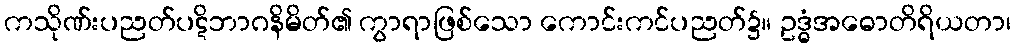
ကသိုဏ်းပညတ်ပဋိဘာဂနိမိတ်၏ ကွာရာဖြစ်သော ကောင်းကင်ပညတ်၌။ ဥဒ္ဓံအဓောတိရိယတာ၊